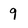
Character: 9